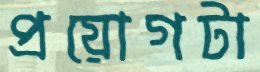
প্রয়োগটা